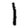
Digit: 1